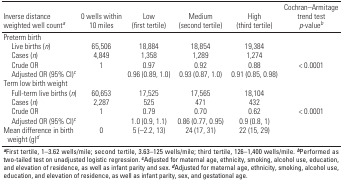
<table><thead><tr><td><b>Inverse distance weighted well count<sup><i>a</i></sup></b></td><td><b>0 wells within 10 miles</b></td><td><b>Low (first tertile)</b></td><td><b>Medium (second tertile)</b></td><td><b>High (third tertile)</b></td><td><b>Cochran–Armitage trend test <i>p</i>-value<sup><i>b</i></sup></b></td></tr></thead><tbody><tr><td><b>Preterm birth</b></td></tr><tr><td><b>Live births (<i>n</i>)</b></td><td>65,506</td><td>18,884</td><td>18,854</td><td>19,384</td></tr><tr><td><b>Cases (<i>n</i>)</b></td><td>4,849</td><td>1,358</td><td>1,289</td><td>1,274</td></tr><tr><td><b>Crude OR</b></td><td>1</td><td>0.97</td><td>0.92</td><td>0.88</td><td>&lt; 0.0001</td></tr><tr><td><b>Adjusted OR (95% CI)<sup><i>c</i></sup></b></td><td></td><td>0.96 (0.89, 1.0)</td><td>0.93 (0.87, 1.0)</td><td>0.91 (0.85, 0.98)</td></tr><tr><td><b>Term low birth weight</b></td></tr><tr><td><b>Full-term live births (<i>n</i>)</b></td><td>60,653</td><td>17,525</td><td>17,565</td><td>18,104</td></tr><tr><td><b>Cases (<i>n</i>)</b></td><td>2,287</td><td>525</td><td>471</td><td>432</td></tr><tr><td><b>Crude OR</b></td><td>1</td><td>0.79</td><td>0.70</td><td>0.62</td><td>&lt; 0.0001</td></tr><tr><td><b>Adjusted OR (95% CI)<sup><i>c</i></sup></b></td><td></td><td>1.0 (0.9, 1.1)</td><td>0.86 (0.77, 0.95)</td><td>0.9 (0.8, 1)</td></tr><tr><td><b>Mean difference in birth weight (g)<sup><i>d</i></sup></b></td><td>0</td><td>5 (–2.2, 13)</td><td>24 (17, 31)</td><td>22 (15, 29)</td></tr><tr><td colspan="6"><sup><i><b>a</b></i></sup>First tertile, 1–3.62 wells/mile; second tertile, 3.63–125 wells/mile; third tertile, 126–1,400 wells/mile. <sup><i><b>b</b></i></sup>Performed as two-tailed test on unadjusted logistic regression.<sup><i><b>c</b></i></sup>Adjusted for maternal age, ethnicity, smoking, alcohol use, education, and elevation of residence, as well as infant parity and sex. <sup><i><b>d</b></i></sup>Adjusted for maternal age, ethnicity, smoking, alcohol use, education, and elevation of residence, as well as infant parity, sex, and gestational age. </td></tr></tbody></table>